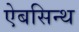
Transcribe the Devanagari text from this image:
ऐबसिन्थ